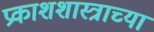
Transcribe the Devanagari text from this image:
प्रकाशशास्त्राच्या